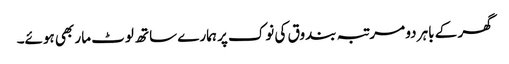
گھر کے باہر دو مرتبہ بندوق کی نوک پر ہمارے ساتھ لوٹ مار بھی ہوئے۔